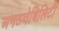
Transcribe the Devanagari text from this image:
अनटचेबिलिटी